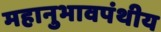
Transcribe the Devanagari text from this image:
महानुभावपंथीय